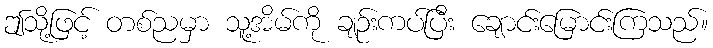
ဤသု့ိဖြင့် တစ်ညမှာ သူ့အိမ်ကို ချဉ်းကပ်ပြီး ချောင်းမြောင်းကြသည်။